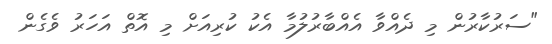
"ސަރުކާރުން މި ދެއްވާ އެއްބާރުލުމާ އެކު ކުރިއަށް މި އޮތް އަހަރު ވެގެން